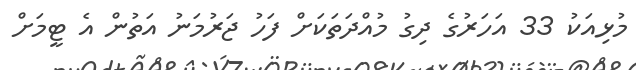
މުޅިއަކު 33 އަހަރުގެ ދިގު މުއްދަތަކަށް ފަހު ޖަރުމަނު އަތުން އެ ޓީމަށް